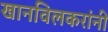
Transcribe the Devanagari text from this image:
खानविलकरांनी